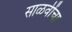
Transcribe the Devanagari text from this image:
साळवींचा